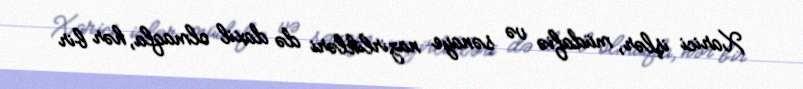
Xarici işlər, müdafiə və sənaye nazirlikləri də daxil olmaqla, hər bir